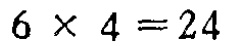
\(6\times 4 = 24\)